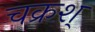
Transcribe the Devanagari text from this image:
चक्रश्